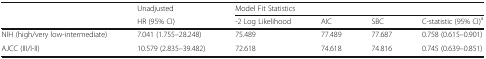
|  | Unadjusted | <COLSPAN=4> Model Fit Statistics |
 |  | HR (95% CI) | -2 Log Likelihood | AIC | SBC | C-statistic (95% CI)a |
 | --- | --- | --- | --- | --- | --- |
 | NIH (high/very low-intermediate) | 7.041 (1.755–28.248) | 75.489 | 77.489 | 77.687 | 0.758 (0.615–0.901) |
 | AJCC (III/I-II) | 10.579 (2.835–39.482) | 72.618 | 74.618 | 74.816 | 0.745 (0.639–0.851) |